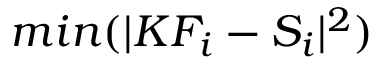
m i n ( \lvert K F _ { i } - S _ { i } \rvert ^ { 2 } )